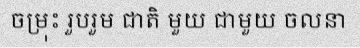
ចម្រុះ រួបរួម ជាតិ មួយ ជាមួយ ចលនា